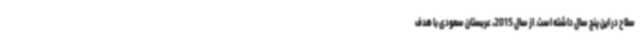
سلاح در این پنج سال داشته است. از سال 2015، عربستان سعودی با هدف